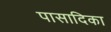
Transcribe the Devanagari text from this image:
पासादिका